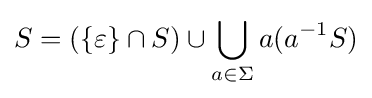
S=(\{\varepsilon \}\cap S)\cup \bigcup _{a\in \Sigma }a(a^{-1}S)